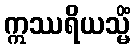
ဣဿရိယသ္မိံ